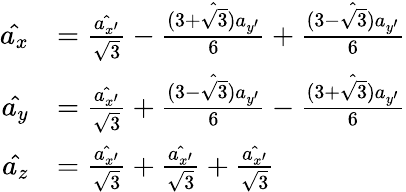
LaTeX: \begin{array}{rl}{\hat{a_{x}}}&{=\frac{\hat{a_{x^{\prime}}}}{\sqrt{3}}-\frac{\hat{(3+\sqrt{3})a_{y^{\prime}}}}{6}+\frac{\hat{(3-\sqrt{3})a_{y^{\prime}}}}{6}}\\ {\hat{a_{y}}}&{=\frac{\hat{a_{x^{\prime}}}}{\sqrt{3}}+\frac{\hat{(3-\sqrt{3})a_{y^{\prime}}}}{6}-\frac{\hat{(3+\sqrt{3})a_{y^{\prime}}}}{6}}\\ {\hat{a_{z}}}&{=\frac{\hat{a_{x^{\prime}}}}{\sqrt{3}}+\frac{\hat{a_{x^{\prime}}}}{\sqrt{3}}+\frac{\hat{a_{x^{\prime}}}}{\sqrt{3}}}\end{array}